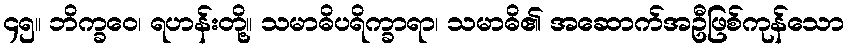
၄၅။ ဘိက္ခဝေ၊ ရဟန်းတို့။ သမာဓိပရိက္ခာရာ၊ သမာဓိ၏ အဆောက်အဦဖြစ်ကုန်သော